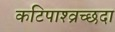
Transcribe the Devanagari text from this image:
कटिपाश्व्रच्छदा